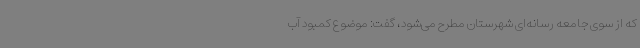
که از سوی جامعه رسانه‌ای شهرستان مطرح می‌شود، گفت: موضوع کمبود آب